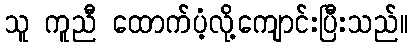
သူ ကူညီ ထောက်ပံ့လို့ကျောင်းပြီးသည်။